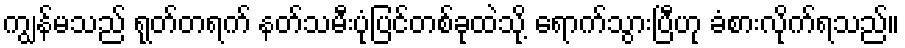
ကျွန်မသည် ရုတ်တရက် နတ်သမီးပုံပြင်တစ်ခုထဲသို့ ရောက်သွားပြီဟု ခံစားလိုက်ရသည်။